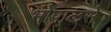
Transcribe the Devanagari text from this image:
भोपालसे